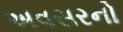
અવસરનો